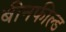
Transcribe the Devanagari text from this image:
बीनफील्ड